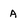
Character: A